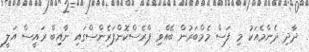
ދާދި ދެންމެއަކު މި ފަސް މެމްބަރުން ބޭއްވި ޕްރެސްކޮންފަރެންސްގައި ނާއިބް ރައީސް އަލީ